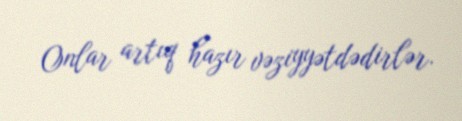
Onlar artıq hazır vəziyyətdədirlər.